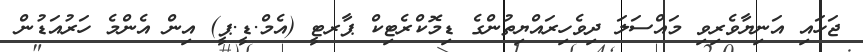
ޖަހައި އަނިޔާވެރިވި މައްސަލަ ދިވެހިރައްޔިތުންގެ ޑިމޮކްރެޓިކް ޕާރޓީ (އެމް.ޑީ.ޕީ) އިން އެންމެ ހަރުއަޑުން